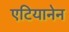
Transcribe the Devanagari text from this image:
एटियानेन